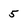
Character: 5